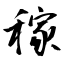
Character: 稼